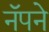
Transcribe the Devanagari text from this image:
नॅपने